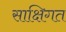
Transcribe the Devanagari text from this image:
साक्षिगत